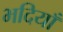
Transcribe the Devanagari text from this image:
भदियाँ